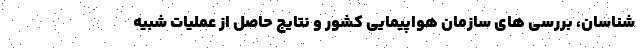
شناسان، بررسی های سازمان هواپیمایی کشور و نتایج حاصل از عملیات شبیه